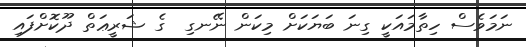
ނަމަވެސް ހިތާމައަކީ ގިނަ ބަޔަކަށް މިކަން ނޭނގި  ގެ ޝަރީޢަތް ދޫކޮށްފައި